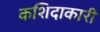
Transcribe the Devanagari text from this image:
कशिदाकारी